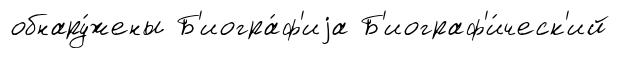
обнару́жены Б'иогра́ф'иjа Б'иограф'и́ческ'ий